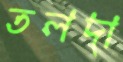
তলদা